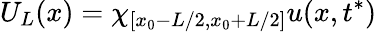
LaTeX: U_{L}(x)=\chi_{{[x_{0}-L/2,x_{0}+L/2]}}u(x,t^{*})